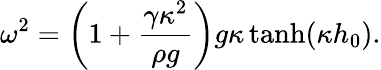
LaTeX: \omega^{2}=\left(1+\frac{\gamma\kappa^{2}}{\rho g}\right)g\kappa\operatorname{tanh}(\kappa h_{0}).